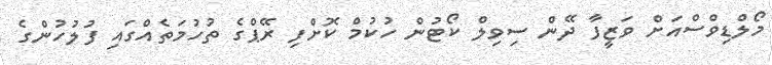
މޯލްޑިވްސްއަށް ވަޒީފާ ދޭން ސިވިލް ކޯޓުން ހުކުމް ކޮށްފި ރޭޕްގެ ތުހުމަތެއްގައި ފުލުހުންގެ